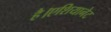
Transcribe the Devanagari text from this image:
है।एशियानेट